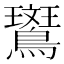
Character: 𬷱